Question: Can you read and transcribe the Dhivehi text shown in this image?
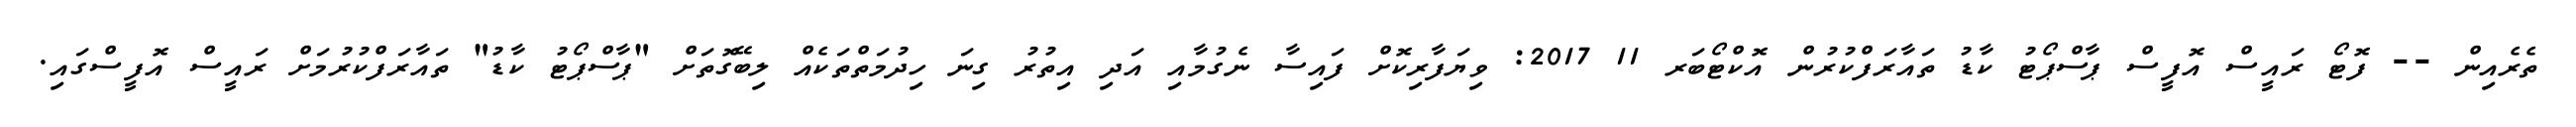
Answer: ތެރެއިން -- ފޮޓޯ ރައީސް އޮފީސް ޕާސްޕޯޓު ކާޑު ތައާރަފްކުރުން އޮކްޓޯބަރ 11 2017: ވިޔަފާރިކޮށް ފައިސާ ނެގުމާއި އަދި އިތުރު ގިނަ ހިދުމަތްތަކެއް ލިބޭގޮތަށް "ޕާސްޕޯޓު ކާޑު" ތައާރަފްކުރުމަށް ރައީސް އޮފީސްގައި.